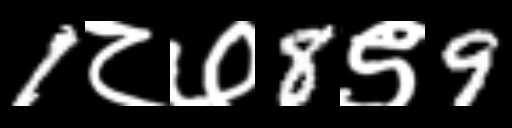
Text: 1८७8९9